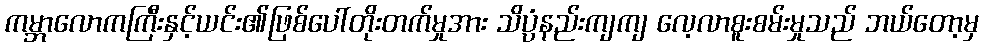
ကမ္ဘာလောကကြီးနှင့်ယင်း၏ဖြစ်ပေါ်တိုးတက်မှုအား သိပ္ပံနည်းကျကျ လေ့လာစူးစမ်းမှုသည် ဘယ်တော့မှ